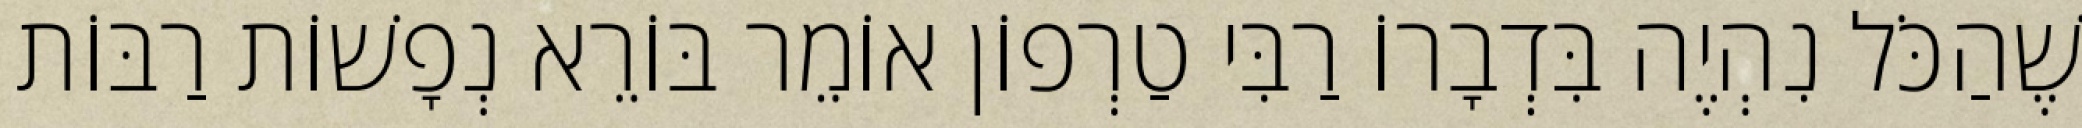
שֶׁהַכֹּל נִהְיֶה בִּדְבָרוֹ רַבִּי טַרְפוֹן אוֹמֵר בּוֹרֵא נְפָשׁוֹת רַבּוֹת